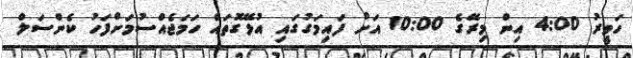
ހަވީރު 4:00 އިން މިރޭގެ 10:00 އަށް ފައިމަގުގައި އުޅޭގޮތައް ހަމަޖެއްސުމަށްފަހު ކެންސަލް